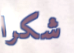
شكرا